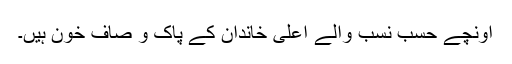
اونچے حسب نسب والے اعلیٰ خاندان کے پاک و صاف خون ہیں۔